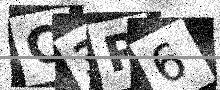
Text: C3P6